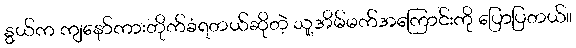
နွယ်က ကျနော်ကားတိုက်ခံရတယ်ဆိုတဲ့ သူ့အိမ်မက်အကြောင်းကို ပြောပြတယ်။